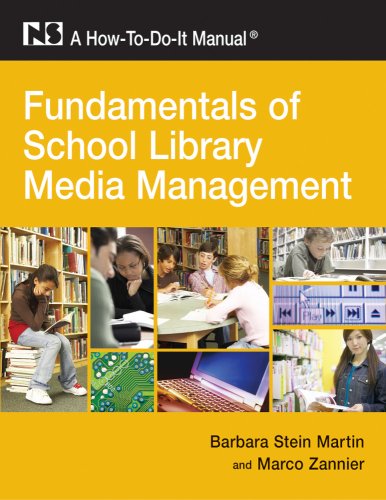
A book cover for Fundamentals of School Library Media Management: A How-To-Do-It Manual (How-To-Do-It Manuals); Barbara Stein Martin; Politics & Social Sciences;